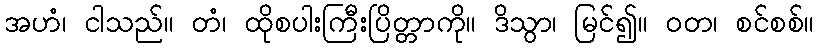
အဟံ၊ ငါသည်။ တံ၊ ထိုစပါးကြီးပြိတ္တာကို။ ဒိသွာ၊ မြင်၍။ ဝတ၊ စင်စစ်။